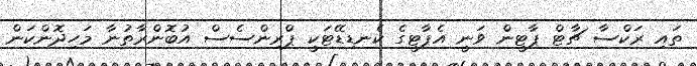
ތައި ރަކްސާ ޗާޓް ޕާޓީން ވަނީ އެޕާޓީގެ ކެނޑިޑޭޓަކީ ޕްރިންސެސް އުބޮންރާތުނާ މަހިދޮންކަން